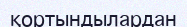
қортындылардан